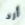
أرد